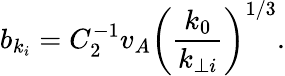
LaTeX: b_{k_{i}}=C_{2}^{-1}v_{A}\bigg(\frac{k_{0}}{k_{\perp i}}\bigg)^{1/3}.